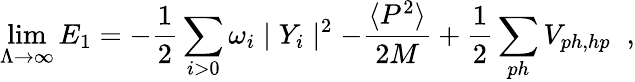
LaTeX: \operatorname*{lim}_{\Lambda\to\infty}E_{1}=-\frac{1}{2}\sum_{i>0}\omega_{i}\mid Y_{i}\mid^{2}-\frac{\langle P^{2}\rangle}{2M}+\frac{1}{2}\sum_{ph}V_{ph,hp}\; \; ,